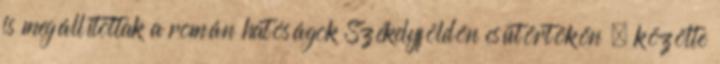
is megállítottak a román hatóságok Székelyföldön csütörtökön – közölte